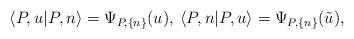
LaTeX: \begin{align*}\langle P,u|P,n\rangle=\Psi_{P,\{n\}}(u),\: \langle P,n|P,u\rangle=\Psi_{P,\{n\}}(\tilde{u}),\end{align*}